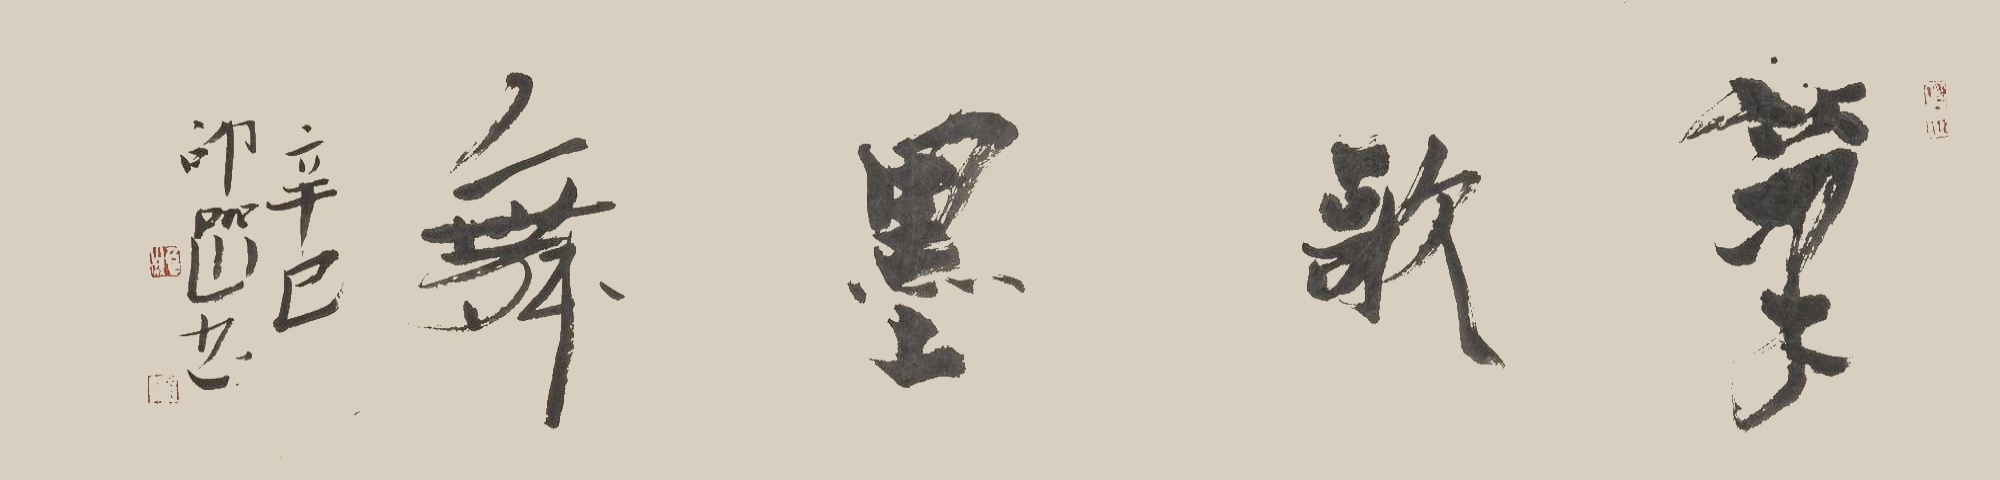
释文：笔歌墨舞。辛巳，卲岩书。